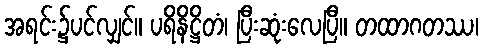
အရင်း၌ပင်လျှင်။ ပရိနိဋ္ဌိတံ၊ ပြီးဆုံးလေပြီ။ တထာဂတဿ၊